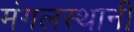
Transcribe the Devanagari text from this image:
मंगलस्थानी